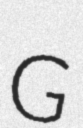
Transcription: G